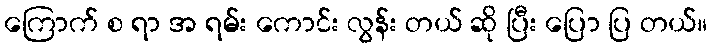
ကြောက် စ ရာ အ ရမ်း ကောင်း လွန်း တယ် ဆို ပြီး ပြော ပြ တယ်။